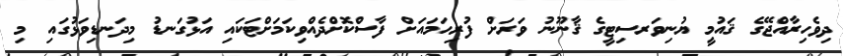
ދިވެހިރާއްޖޭގެ ޤައުމީ ޔުނިވަރސިޓީގެ ޤާނޫނު ވަރަށް ފުރިހަމައަށް ފާސްކޮށްދެއްވިކަމަށްޓަކައި އަޅުގަނޑު މިދަނޑިވަޅުގައި މި